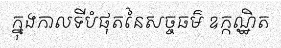
ក្នុងកាលទីបំផុតនៃសច្ចធម៌ ឧក្កណ្ឋិត